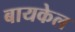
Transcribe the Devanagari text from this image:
बायकेल